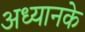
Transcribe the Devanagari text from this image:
अध्यानके